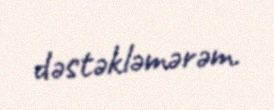
dəstəkləmərəm.